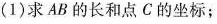
(1)求AB的长和点C的坐标；